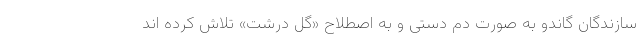
سازندگان گاندو به صورت دم دستی و به اصطلاح «گل درشت» تلاش کرده اند